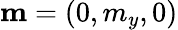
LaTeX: {\mathbf m}=(0,m_{y},0)